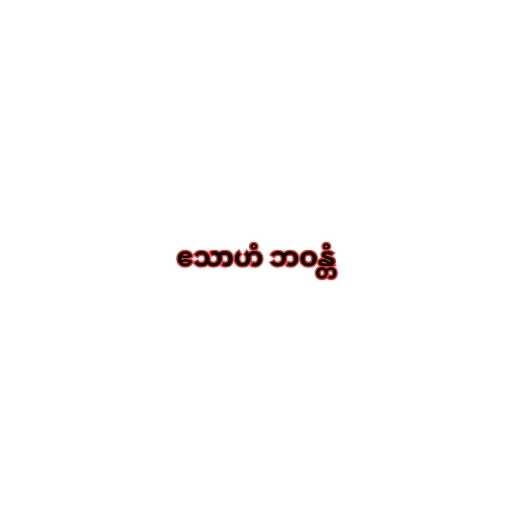
ဧသာဟံ ဘဝန္တံ